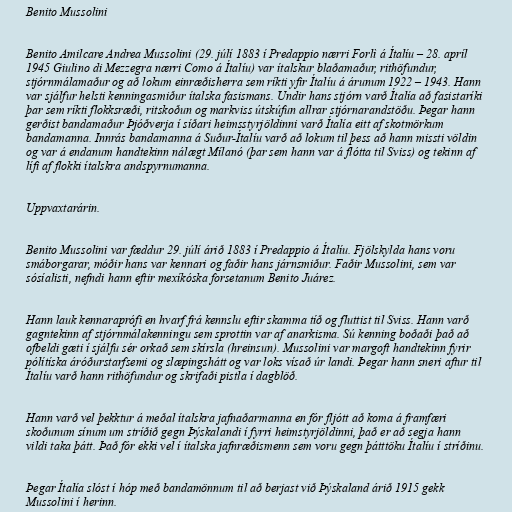
Benito Mussolini

Benito Amilcare Andrea Mussolini (29. júlí 1883 í Predappio nærri Forlì á Ítalíu – 28. apríl
1945 Giulino di Mezzegra nærri Como á Ítalíu) var ítalskur blaðamaður, rithöfundur,
stjórnmálamaður og að lokum einræðisherra sem ríkti yfir Ítalíu á árunum 1922 – 1943. Hann
var sjálfur helsti kenningasmiður ítalska fasismans. Undir hans stjórn varð Ítalía að fasistaríki
þar sem ríkti flokksræði, ritskoðun og markviss útskúfun allrar stjórnarandstöðu. Þegar hann
gerðist bandamaður Þjóðverja í síðari heimsstyrjöldinni varð Ítalía eitt af skotmörkum
bandamanna. Innrás bandamanna á Suður-Ítalíu varð að lokum til þess að hann missti völdin
og var á endanum handtekinn nálægt Mílanó (þar sem hann var á flótta til Sviss) og tekinn af
lífi af flokki ítalskra andspyrnumanna.

Uppvaxtarárin.

Benito Mussolini var fæddur 29. júlí árið 1883 í Predappio á Ítalíu. Fjölskylda hans voru
smáborgarar, móðir hans var kennari og faðir hans járnsmiður. Faðir Mussolini, sem var
sósíalisti, nefndi hann eftir mexíkóska forsetanum Benito Juárez.

Hann lauk kennaraprófi en hvarf frá kennslu eftir skamma tíð og fluttist til Sviss. Hann varð
gagntekinn af stjórnmálakenningu sem sprottin var af anarkisma. Sú kenning boðaði það að
ofbeldi gæti í sjálfu sér orkað sem skírsla (hreinsun). Mussolini var margoft handtekinn fyrir
pólítíska áróðurstarfsemi og slæpingshátt og var loks vísað úr landi. Þegar hann sneri aftur til
Ítalíu varð hann rithöfundur og skrifaði pistla í dagblöð.

Hann varð vel þekktur á meðal ítalskra jafnaðarmanna en fór fljótt að koma á framfæri
skoðunum sínum um stríðið gegn Þýskalandi í fyrri heimstyrjöldinni, það er að segja hann
vildi taka þátt. Það fór ekki vel í ítalska jafnræðismenn sem voru gegn þátttöku Ítalíu í stríðinu.

Þegar Ítalía slóst í hóp með bandamönnum til að berjast við Þýskaland árið 1915 gekk
Mussolini í herinn.